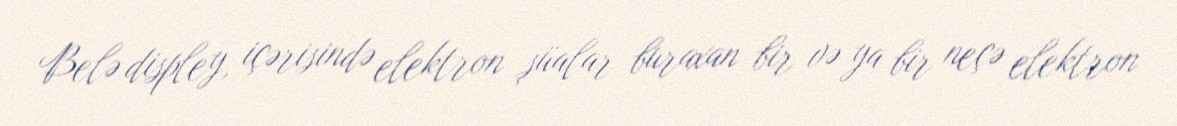
Belə displey, içərisində elektron şüalar buraxan bir və ya bir neçə elektron